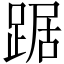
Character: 踞